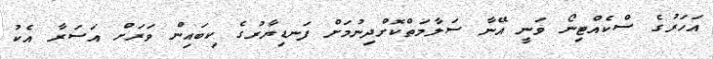
އަހަރުގެ ސްކެއްޓިނޯ ވަނީ އޭނާ ސަލާމަތްކޮށްދިނުމަށް ފަނޑިޔާރުގެ ކިބައިން ވަރަށް އަސަރާ އެކު